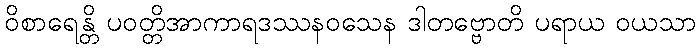
ဝိစာရေန္တိ ပဝတ္တိအာကာရဒဿနဝသေန ဒါတဗ္ဗောတိ ပရာယ ဝယသာ